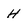
Character: H